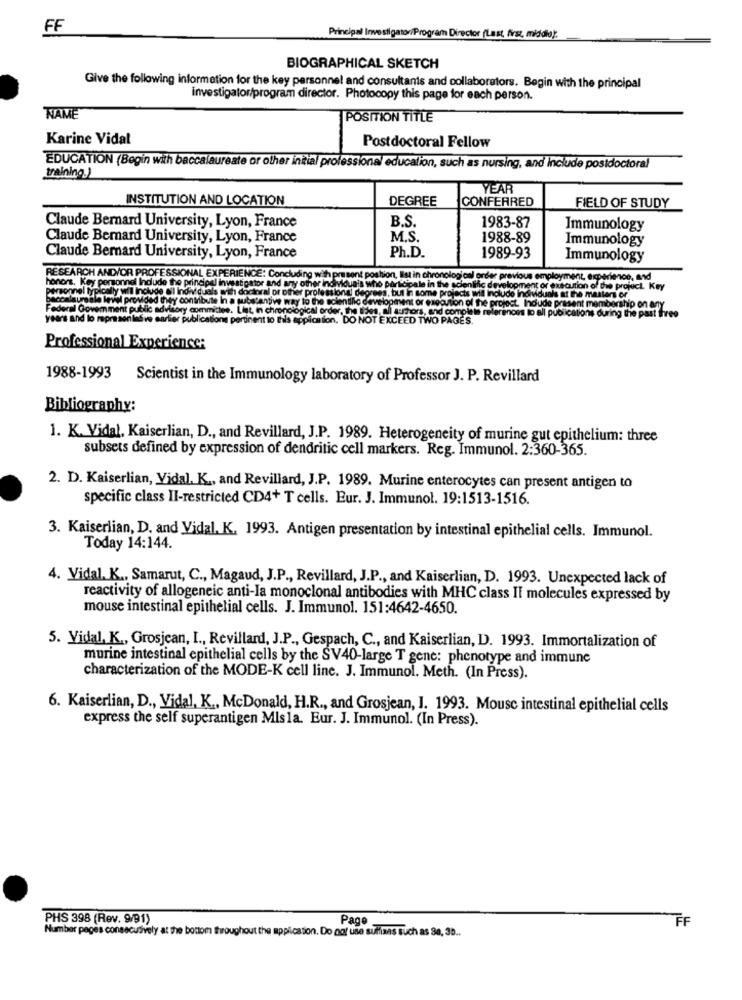
FF
Principal Investigator/Program Director (Last, first, middle);
BIOGRAPHICAL SKETCH
Give the following information for the key personnel and consultants and collaborators. Begin with the principal
investigator/program director. Photocopy this page for each person.
NAME
POSITION TITLE
Karine Vidal
Postdoctoral Fellow
EDUCATION (Begin with baccalaureate or other initial professional educalion, such as nursing, and Include postdoctoral
training.)
YEAR
INSTITUTION AND LOCATION
DEGREE
CONFERRED
FIELD OF STUDY
Claude Bernard University, Lyon, France
B.S.
1983-87
Immunology
Claude Bernard University, Lyon, France
M.S.
1988-89
Immunology
Ph.D.
Claude Bernard University, Lyon, France
1989-93
Immunology
RESEARCH AND/OR PROFESSIONAL EXPERIENCE: Concluding
honors. Key personnel Include the princip
present postion, Ilist in chronological order previous employment, experience, and
ersonnel typically will include ol individu
and any other individuals who participale in the scientific development or execution of the project. Key
al or other professional degrees, but in some projects will include individuals at the masters or
and any other inomvidua's who participale in the sc
prov
d they contribute In
Jels with do
ve way to the scientific dev
I Goverment public advisory committee. L
it in chronological order, the sides, all arhors, and complete references to all publications during the past Ihre
elopment or execution of the project. Indude present membership on any
years and lo representative earlier publicatk
nt to this application, DO NOT EXCEED TWO PAGES.
The past three
Professional Experience:
1988-1993 Scientist in the Immunology laboratory of Professor J. P. Revillard
Bibliography:
1. K. Vidal, Kaiserlian, D ., and Revillard, J.P. 1989. Heterogeneity of murine gut epithelium: three
subsets defined by expression of dendritic cell markers. Reg. Immunol. 2:360-365.
2. D. Kaiserlian, Vidal. K ., and Revillard, J.P. 1989. Murine enterocytes can present antigen to
specific class II-restricted CD4+ T cells. Eur. J. Immunol. 19:1513-1516.
3. Kaiserlian, D. and Vidal, K. 1993. Antigen presentation by intestinal epithelial cells. Immunol.
Today 14:144.
4. Vidal. K ., Samarut, C ., Magaud, J.P ., Revillard, J.P ., and Kaiserlian, D. 1993. Unexpected lack of
reactivity of allogeneic anti-Ia monoclonal antibodies with MHC class Il molecules expressed by
mouse intestinal epithelial cells. J. Immunol. 151:4642-4650.
5. Vidal, K ., Grosjean, I ., Revillard, J.P ., Gespach, C ., and Kaiserlian, D. 1993. Immortalization of
murine intestinal epithelial cells by the SV40-large T gene: phenotype and immune
characterization of the MODE-K cell line. J. Immunol. Meth. (In Press).
6. Kaiserlian, D ., Vidal, K ., McDonald, H.R ., and Grosjean, I. 1993. Mouse intestinal epithelial cells
express the self superantigen Misla. Eur. J. Immunol. (In Press).
PHS 398 (Rev. 9/91)
Page
Number pages consecutively at the bottom throughout the application. Do not use suffimas such as 30, 35 ..